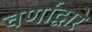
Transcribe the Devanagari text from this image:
वर्णांद्वारे